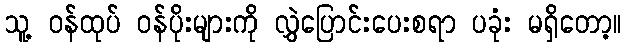
သူ့ ဝန်ထုပ် ဝန်ပိုးများကို လွှဲပြောင်းပေးစရာ ပခုံး မရှိတော့။